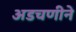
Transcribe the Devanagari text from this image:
अडचणीने